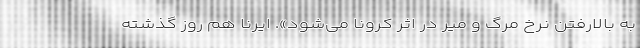
به بالارفتن نرخ مرگ و میر در اثر کرونا می‌شود». ایرنا هم روز گذشته